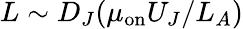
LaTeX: L\sim D_{J}(\mu_{\mathrm{on}}U_{J}/L_{A})